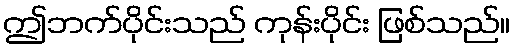
ဤဘက်ပိုင်းသည် ကုန်းပိုင်း ဖြစ်သည်။